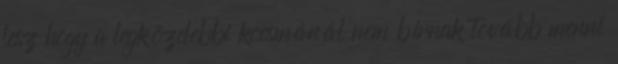
lesz hogy a legközelebbi kocsmánál nem bírnak tovább menni